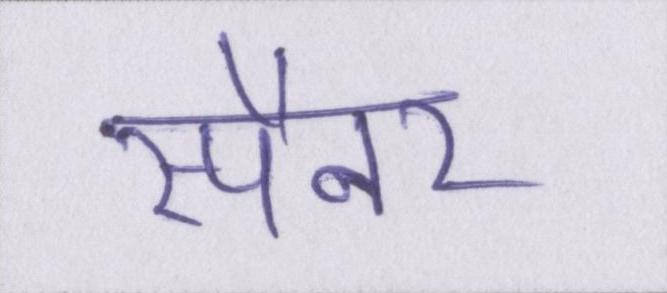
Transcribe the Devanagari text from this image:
स्पैनर